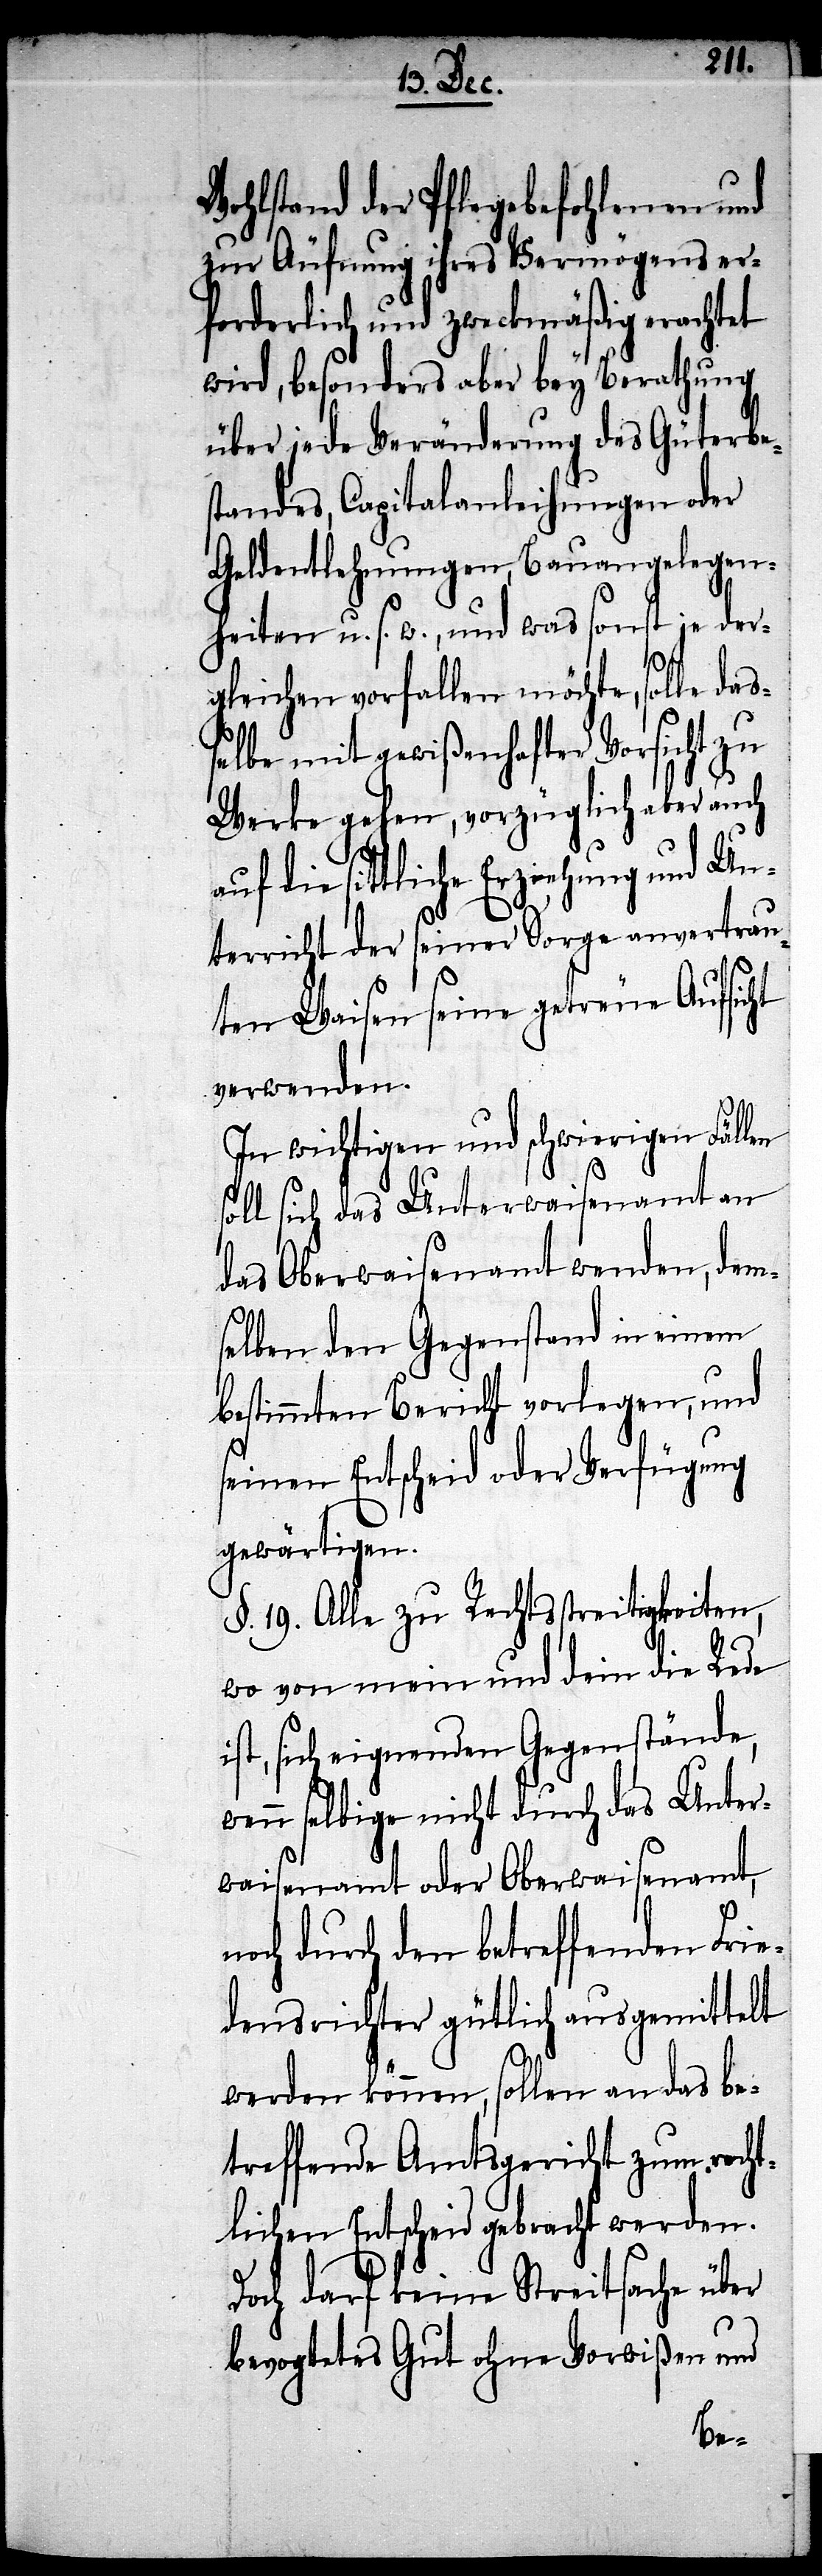
Wohlstand der Pflegebefohlenen und
zur Äufnung ihres Vermögens er¬
forderlich und zweckmäßig erachtet
wird, besonders aber bey Berathung
über jede Veränderung des Güterbe¬
standes, Capitalanleihungen oder
Geldentlehnungen, Bauangelegen¬
heiten u. s. w., und was sonst je der¬
no¬
gleichen vorfallen möchte, solle das¬
selbe mit gewißenhafter Vorsicht zu
Werke gehen, vorzüglich aber auch
die sittliche Erziehung und Un¬
terricht der seiner Sorge anvertrau¬
ten Waisen seine getreue Aufsicht
verwenden.
In wichtigen und schwierigen Fällen
soll sich das Unterwaisenamt an
das Oberwaisenamt wenden, dem¬
selben den Gegenstand in einem
bestimmten Bericht vorlegen, und
seinen Entscheid oder Verfügung
gewärtigen.
§. 19. Alle zu Rechtsstreitigkeiten,
wo von mein und dein die Rede
ist, sich eignenden Gegenstände,
wenn selbige nicht durch das Unter¬
waisenamt oder Oberwaisenamt,
ch durch den betreffenden Fri¬
edensrichter gütlich ausgemittelt
werden können, sollen an das be¬
treffende Amtsgericht zum recht¬
lichen Entscheid gebracht werden.
Doch darf keine Streitsache über
bevogtetes Gut ohne Vorwißen und